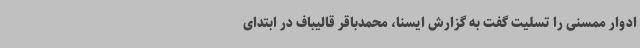
ادوار ممسنی را تسلیت گفت به گزارش ایسنا، محمدباقر قالیباف در ابتدای